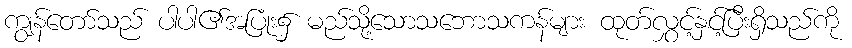
ကျွန်တော်သည် ပါပါ၏အပြုံး၌ မည်သို့သောသဘောသကန်များ ထုတ်လွှင့်နှင့်ပြီးရှိသည်ကို